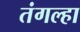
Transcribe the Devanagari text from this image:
तंगल्हा